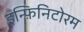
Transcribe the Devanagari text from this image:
इन्फ़िनिटोरम